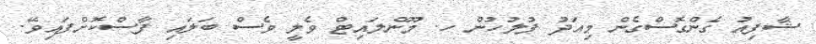
ޝާފިއު ގެންގޮސްގެން މިއަދު ފުލުހުން ހ. މޫންލައިޓް ވެލީ ވެސް ބަލައި ފާސްކޮށްފައިވޭ.